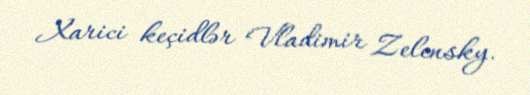
Xarici keçidlər Vladimir Zelensky.